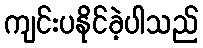
ကျင်းပနိုင်ခဲ့ပါသည်